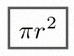
\pi r^2